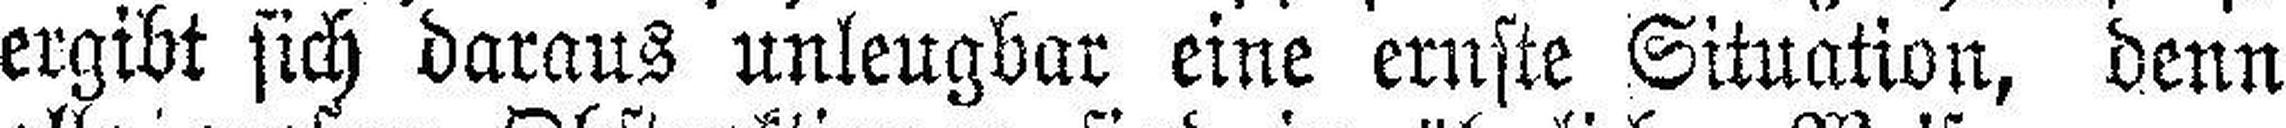
ergibt sich daraus unleugbar eine ernste Situation, denn